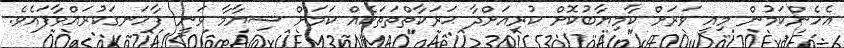
އެހެންކަމުން މިއީ ވަރަށް ކާމިޔާބުކޮށް ކުރިއަށްދާ ޙަރަކާތްތަތަކެއް ކަމަށް ޝިޔާމާ ވަނީ ފާހަނގަކުރައްވާފައެވެ.